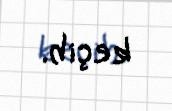
keçib.